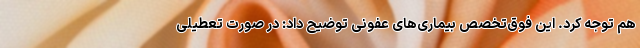
هم توجه کرد. این فوق‌تخصص بیماری‌های عفونی توضیح داد: در صورت تعطیلی